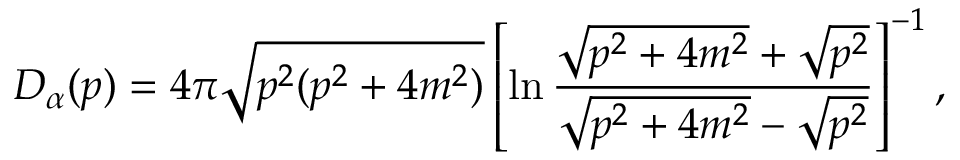
D _ { \alpha } ( p ) = 4 \pi \sqrt { p ^ { 2 } ( p ^ { 2 } + 4 m ^ { 2 } ) } \left[ \ln \frac { \sqrt { p ^ { 2 } + 4 m ^ { 2 } } + \sqrt { p ^ { 2 } } } { \sqrt { p ^ { 2 } + 4 m ^ { 2 } } - \sqrt { p ^ { 2 } } } \right] ^ { - 1 } ,